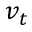
\mathbf { } v _ { t }